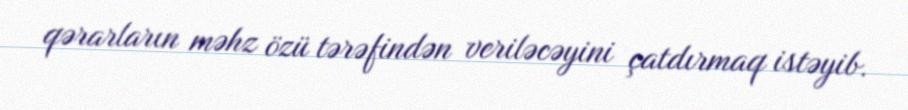
qərarların məhz özü tərəfindən veriləcəyini çatdırmaq istəyib.